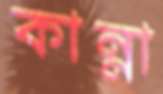
কান্না